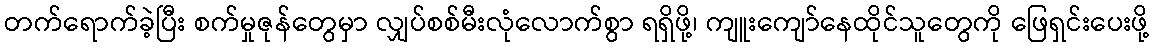
တက်ရောက်ခဲ့ပြီး စက်မှုဇုန်တွေမှာ လျှပ်စစ်မီးလုံလောက်စွာ ရရှိဖို့၊ ကျူးကျော်နေထိုင်သူတွေကို ဖြေရှင်းပေးဖို့